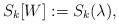
LaTeX: \begin{align*} S_k[W]:=S_k(\lambda), \end{align*}